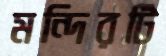
মন্দিরটি